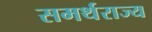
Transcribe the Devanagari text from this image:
समर्थराज्य